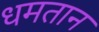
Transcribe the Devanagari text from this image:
धमतान